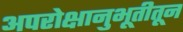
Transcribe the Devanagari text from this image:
अपरोक्षानुभूतीतून